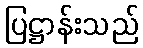
ပြဋ္ဌာန်းသည်